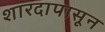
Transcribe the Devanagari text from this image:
शारदापासून